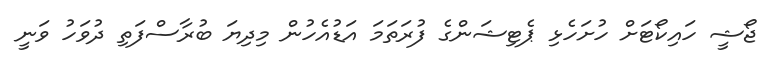
ޖޯޝީ ހައިކޯޓަށް ހުށަހެޅި ޕެޓިޝަންގެ ފުރަތަމަ އަޑުއެހުން މިދިޔަ ބުރާސްފަތި ދުވަހު ވަނީ